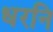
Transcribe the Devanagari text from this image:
धरनि